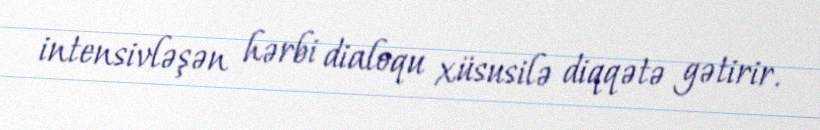
intensivləşən hərbi dialoqu xüsusilə diqqətə gətirir.